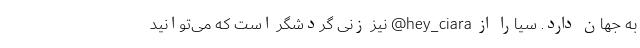
به جهان دارد. سیارا از hey_ciara@ نیز زنی گردشگر است که می‌توانید